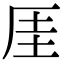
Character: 厓